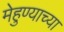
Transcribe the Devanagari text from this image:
मेहुण्याच्या